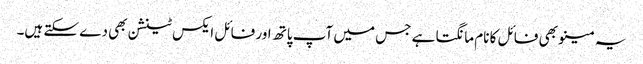
یہ مینو بھی فائل کا نام مانگتا ہے جس میں آپ پاتھ اور فائل ایکس ٹینشن بھی دے سکتے ہیں۔